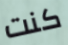
كنت